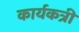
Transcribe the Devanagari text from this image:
कार्यकत्री